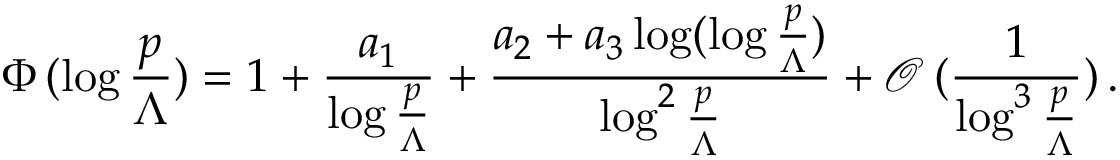
\Phi \, ( \log \frac { p } { \Lambda } ) = 1 + \frac { a _ { 1 } } { \log \frac { p } { \Lambda } } + \frac { a _ { 2 } + a _ { 3 } \log ( \log \frac { p } { \Lambda } ) } { \log ^ { 2 } \frac { p } { \Lambda } } + \mathcal { O } \, ( \frac { 1 } { \log ^ { 3 } \frac { p } { \Lambda } } ) \, .